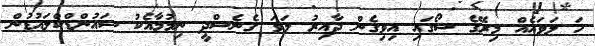
ހަ ލަވައެއް މިރޭގެ ޝޯގައި އިވިގެން ދާއިރު ލަވަ ގެނެސްދީ ނިމުމާއެކު ސައުންޑްކްލައުޑުން